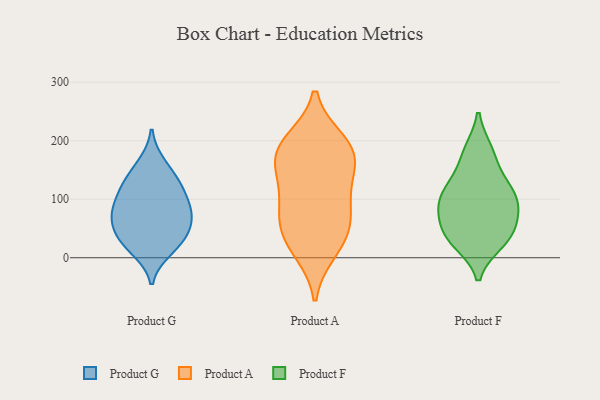
{"axis": {"x": "Net Income (USD K)", "y": "Value"}, "legend": ["Product A", "Product F", "Product G"], "data": [{"x": "", "y": 29, "type": "Product G"}, {"x": "", "y": 133, "type": "Product G"}, {"x": "", "y": 111, "type": "Product G"}, {"x": "", "y": 124, "type": "Product G"}, {"x": "", "y": 83, "type": "Product G"}, {"x": "", "y": 14, "type": "Product G"}, {"x": "", "y": 72, "type": "Product G"}, {"x": "", "y": 64, "type": "Product G"}, {"x": "", "y": 29, "type": "Product G"}, {"x": "", "y": 50, "type": "Product G"}, {"x": "", "y": 87, "type": "Product G"}, {"x": "", "y": 160, "type": "Product G"}, {"x": "", "y": 12, "type": "Product A"}, {"x": "", "y": 172, "type": "Product A"}, {"x": "", "y": 52, "type": "Product A"}, {"x": "", "y": 150, "type": "Product A"}, {"x": "", "y": 185, "type": "Product A"}, {"x": "", "y": 199, "type": "Product A"}, {"x": "", "y": 160, "type": "Product A"}, {"x": "", "y": 109, "type": "Product A"}, {"x": "", "y": 73, "type": "Product A"}, {"x": "", "y": 22, "type": "Product A"}, {"x": "", "y": 54, "type": "Product A"}, {"x": "", "y": 101, "type": "Product A"}, {"x": "", "y": 195, "type": "Product A"}, {"x": "", "y": 38, "type": "Product F"}, {"x": "", "y": 67, "type": "Product F"}, {"x": "", "y": 89, "type": "Product F"}, {"x": "", "y": 39, "type": "Product F"}, {"x": "", "y": 127, "type": "Product F"}, {"x": "", "y": 90, "type": "Product F"}, {"x": "", "y": 182, "type": "Product F"}, {"x": "", "y": 34, "type": "Product F"}, {"x": "", "y": 177, "type": "Product F"}, {"x": "", "y": 27, "type": "Product F"}, {"x": "", "y": 109, "type": "Product F"}, {"x": "", "y": 124, "type": "Product F"}, {"x": "", "y": 89, "type": "Product F"}]}